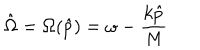
\hat { \Omega } = \Omega ( \hat { p } ) = \omega - \frac { k \hat { p } } { M }